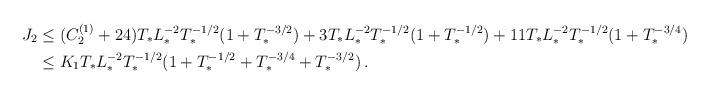
LaTeX: \begin{align*}J_2&\leq (C^{(1)}_2+24)T_*L^{-2}_*T^{-1/2}_*(1+T^{-3/2}_*)+3T_*L^{-2}_*T^{-1/2}_*(1+T^{-1/2}_*)+11T_*L^{-2}_*T^{-1/2}_*(1+T^{-3/4}_*)\\&\leq K_1 T_*L^{-2}_*T^{-1/2}_*(1+T^{-1/2}_*+T^{-3/4}_*+T^{-3/2}_*)\,.\end{align*}